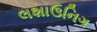
લશાઉનિગ